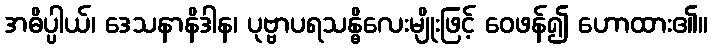
အဓိပ္ပါယ်၊ ဒေသနာနိဒါန၊ ပုဗ္ဗာပရသန္ဓိလေးမျိုးဖြင့် ဝေဖန်၍ ဟောထား၏။